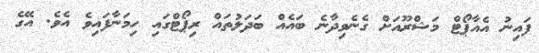
ފައިނު އެއާޕޯޓް މަޝްރޫއަށް ގެނެވިދާނެ ބައެއް ބަދަލުތައް ރިޕޯޓްގައި ހިމަނާފައިވެ އެވެ. އޭގެ